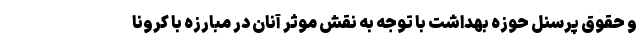
و حقوق پرسنل حوزه بهداشت با توجه به نقش موثر آنان در مبارزه با کرونا